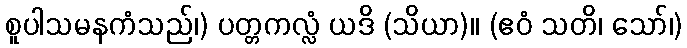
စူပါသမနကံသည်၊) ပတ္တကလ္လံ ယဒိ (သိယာ)။ (ဧဝံ သတိ၊ သော်၊)